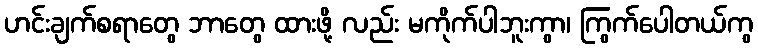
ဟင်းချက်စရာတွေ ဘာတွေ ထားဖို့ လည်း မကိုက်ပါဘူးကွာ၊ ကြွက်ပေါတယ်ကွ